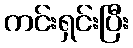
ကင်းရှင်းပြီး